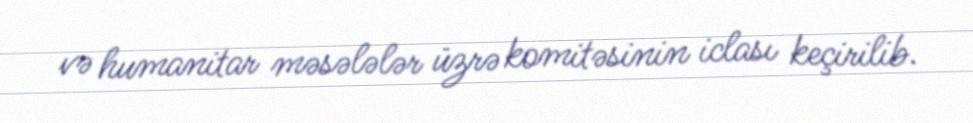
və humanitar məsələlər üzrə komitəsinin iclası keçirilib.